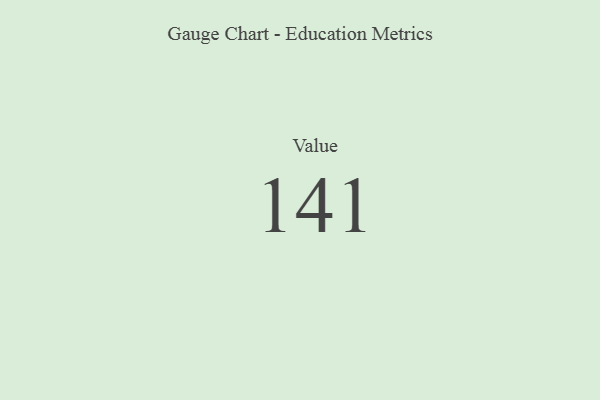
{"axis": {"x": "Metric", "y": "Value"}, "legend": [""], "data": [{"x": "Value", "y": 141, "type": ""}]}